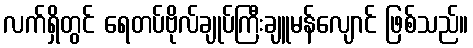
လက်ရှိတွင် ရေတပ်ဗိုလ်ချုပ်ကြီးချူမန်လျောင် ဖြစ်သည်။